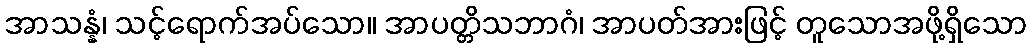
အာသန္နံ၊ သင့်ရောက်အပ်သော။ အာပတ္တိသဘာဂံ၊ အာပတ်အားဖြင့် တူသောအဖို့ရှိသော